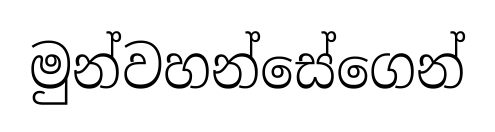
මුන්වහන්සේගෙන්